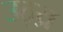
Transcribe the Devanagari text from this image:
उठ्य्र